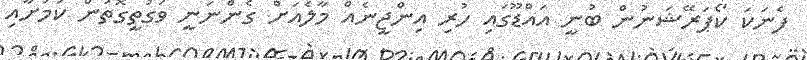
ފެނަކަ ކޯޕަރޭޝަނުން ބުނީ އައްޑޫގައި ހުރި އިންޖީނެއް މާލެއަށް ގެންނަނީ ވަގުތީގޮތުން ކަމަށާއި